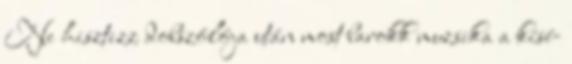
Ne hisztizz dobszólója után most barokk muzsika a kísé-